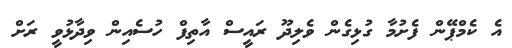
އެ ކެމްޕޭން ފެށުމާ ގުޅިގެން ވެލިދޫ ރައީސް އާތިފް ހުސެއިން ވިދާޅުވީ ރަށް